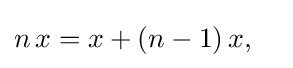
n\,x=x+(n-1)\,x,\quad